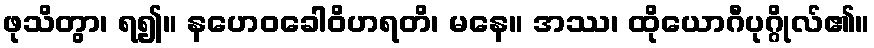
ဖုသိတွာ၊ ရ၍။ နဟေဝခေါဝိဟရတိ၊ မနေ။ အဿ၊ ထိုယောဂီပုဂ္ဂိုလ်၏။